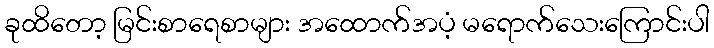
ခုထိတော့ မြင်းစာရေစာများ အထောက်အပံ့ မရောက်သေးကြောင်းပါ